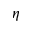
\eta